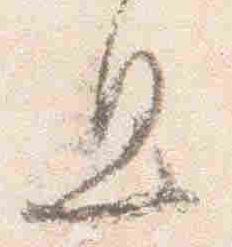
息